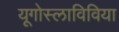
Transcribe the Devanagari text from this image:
यूगोस्लाविविया